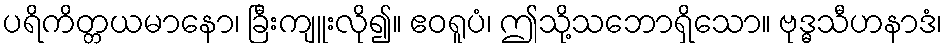
ပရိကိတ္တယမာနော၊ ခြီးကျူးလို၍။ ဧဝရူပံ၊ ဤသို့သဘောရှိသော။ ဗုဒ္ဓသီဟနာဒံ၊